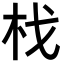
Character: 𣏾